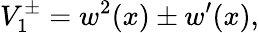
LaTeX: V_{1}^{\pm}=w^{2}(x)\pm w^{\prime}(x),